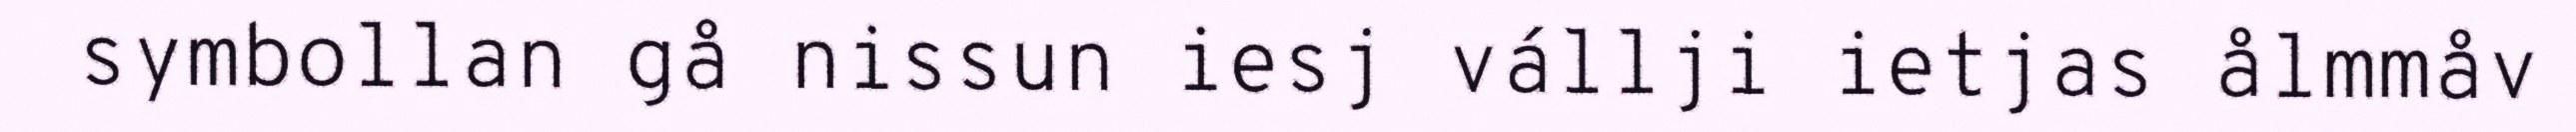
symbollan gå nissun iesj vállji ietjas ålmmåv